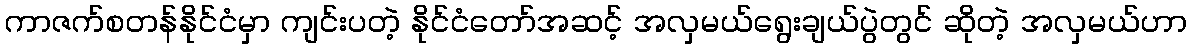
ကာဇက်စတန်နိုင်ငံမှာ ကျင်းပတဲ့ နိုင်ငံတော်အဆင့် အလှမယ်ရွေးချယ်ပွဲတွင် ဆိုတဲ့ အလှမယ်ဟာ